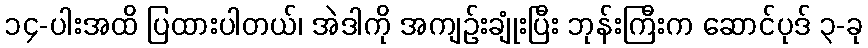
၁၄-ပါးအထိ ပြထားပါတယ်၊ အဲဒါကို အကျဉ်းချုံးပြီး ဘုန်းကြီးက ဆောင်ပုဒ် ၃-ခု